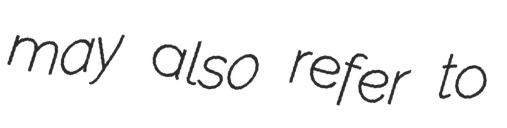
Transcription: may also refer to